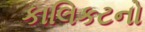
કાલિકટનો